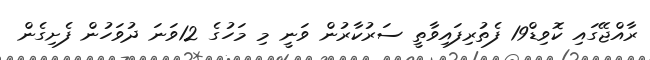
ރާއްޖޭގައި ކޮވިޑް19 ފެތުރިފައިވާތީ ސަރުކާރުން ވަނީ މި މަހުގެ 12ވަނަ ދުވަހުން ފެށިގެން